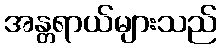
အန္တရာယ်များသည်